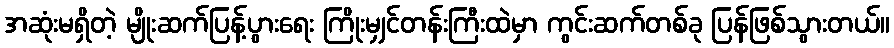
အဆုံးမရှိတဲ့ မျိုးဆက်ပြန့်ပွားရေး ကြိုးမျှင်တန်းကြီးထဲမှာ ကွင်းဆက်တစ်ခု ပြန်ဖြစ်သွားတယ်။